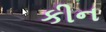
કીન